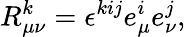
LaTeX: R_{\mu\nu}^{k}=\epsilon^{kij}e_{\mu}^{i}e_{\nu}^{j},